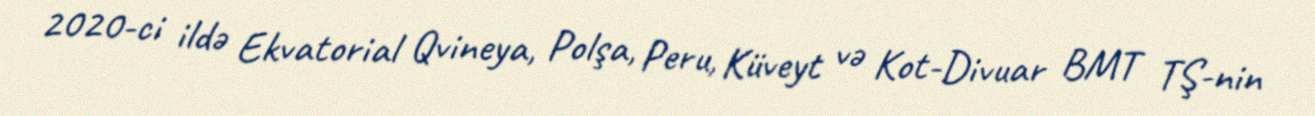
2020-ci ildə Ekvatorial Qvineya, Polşa, Peru, Küveyt və Kot-Divuar BMT TŞ-nin